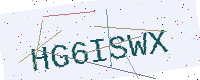
Text: HG6ISWX